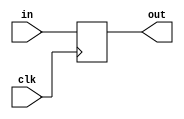
/* 		
		CODED BY Joseph A. 
		GitHub: J-oseph
		February 20, 2022.
*/
`define IW  32
`timescale 1ps/1ps
module IF_ID (
	input wire 			clk,	
	input wire [`IW-1:0] in,	
	output reg [`IW-1:0] out
);

	always @(posedge clk) begin
		out <= #2 in;
	end

endmodule